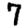
Digit: 7